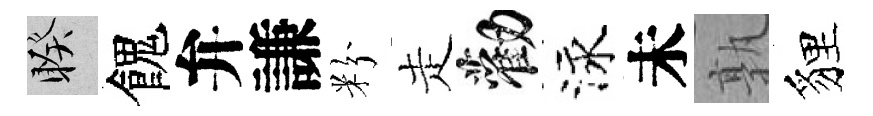
睽餽弁謙粉走勸泳未孰貍